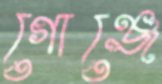
গোঞ্জে